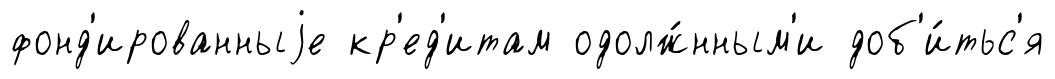
фонд'ированныjе кр'ед'итам одолж́нным'и доб'и́тьс'я